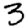
Digit: 3